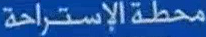
محطة الإستراحة